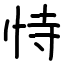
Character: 恃